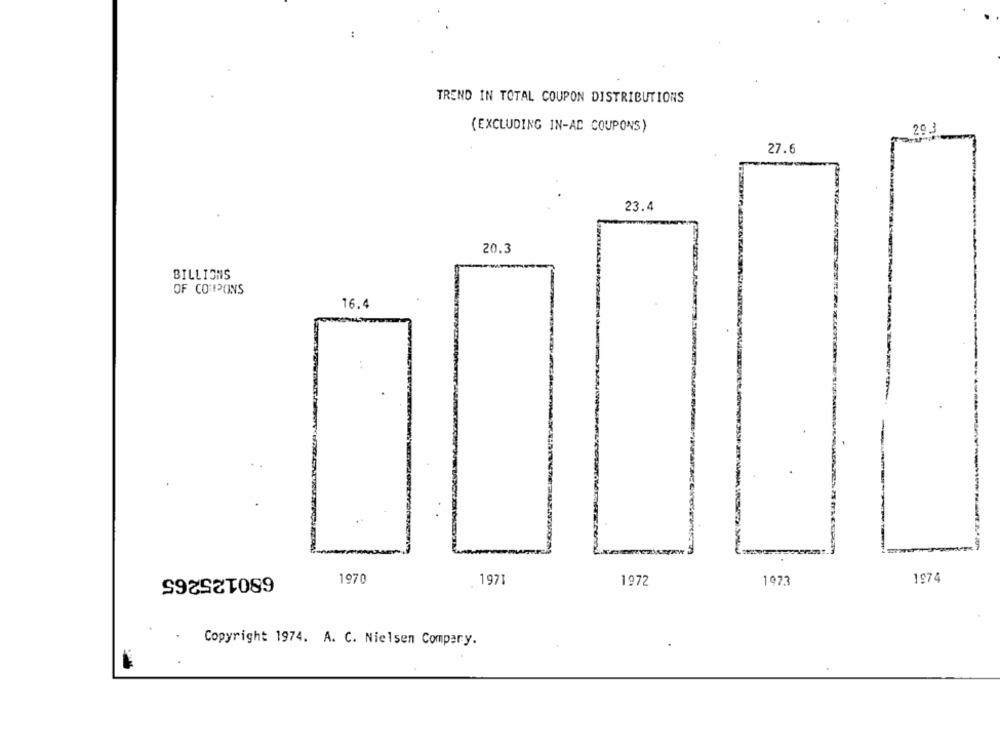
..
TREND IN TOTAL COUPON DISTRIBUTIONS
(EXCLUDING IN-AC COUPONS)
29.3
27.6
23.4
20.3
BILLIONS
OF COUPONS
16.4
-
680125265
1970
1971
1972
1973
1974
Copyright 1974. A. C. Nielsen Compery.